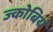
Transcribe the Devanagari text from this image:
ज्कोबियं